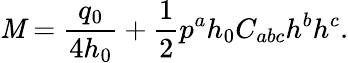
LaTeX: \mathit{M}={\frac{{q_{0}}}{{4h_{0}}}}+{\frac{{1}}{{2}}}p^{a}h_{0}C_{abc}h^{b}h^{c}.